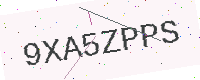
Text: 9XA5ZPPS